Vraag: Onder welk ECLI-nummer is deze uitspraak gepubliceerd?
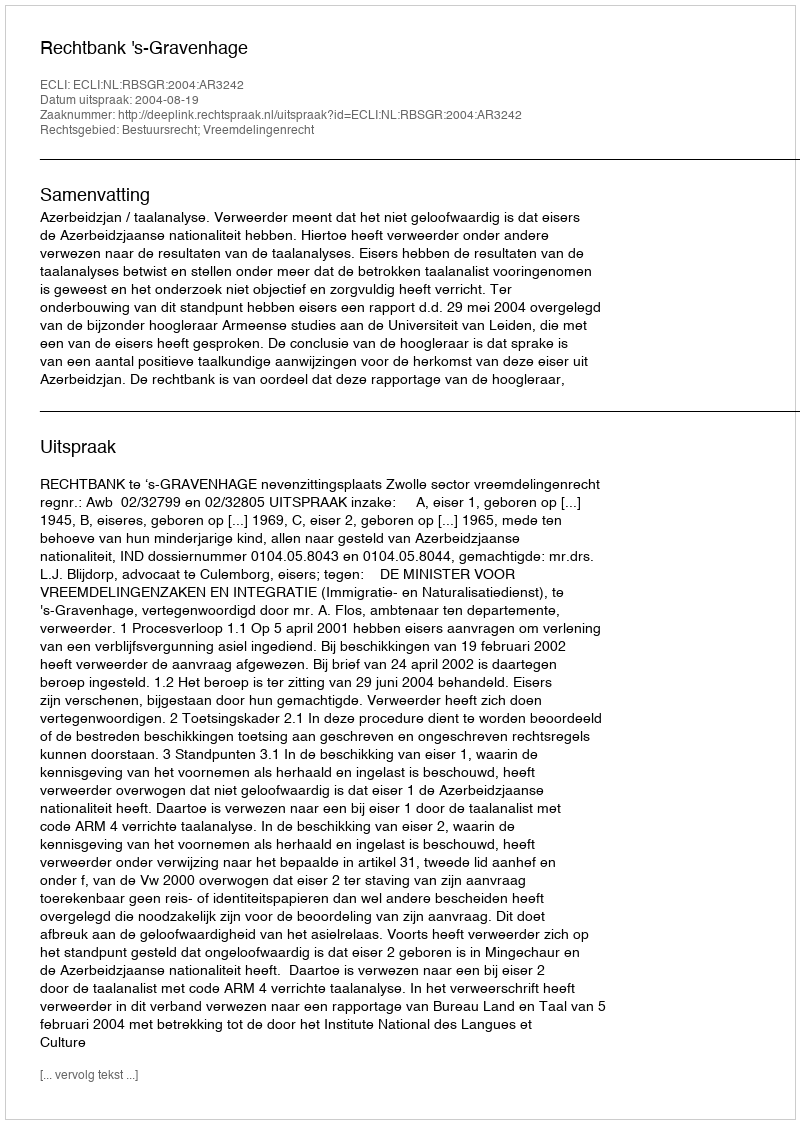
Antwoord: ECLI:NL:RBSGR:2004:AR3242